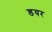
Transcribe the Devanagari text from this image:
डयर